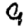
Digit: 9